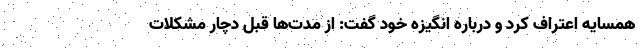
همسایه اعتراف کرد و درباره انگیزه خود گفت: از مدت‌ها قبل دچار مشکلات